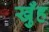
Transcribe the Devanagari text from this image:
खुँह